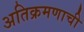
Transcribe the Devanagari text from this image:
अतिक्रमणाची